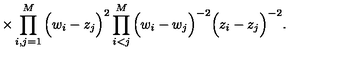
\times \prod _ { i , j = 1 } ^ { M } \Big ( w _ { i } - z _ { j } \Big ) ^ { 2 } \prod _ { i < j } ^ { M } \Big ( w _ { i } - w _ { j } \Big ) ^ { - 2 } \Big ( z _ { i } - z _ { j } \Big ) ^ { - 2 } .